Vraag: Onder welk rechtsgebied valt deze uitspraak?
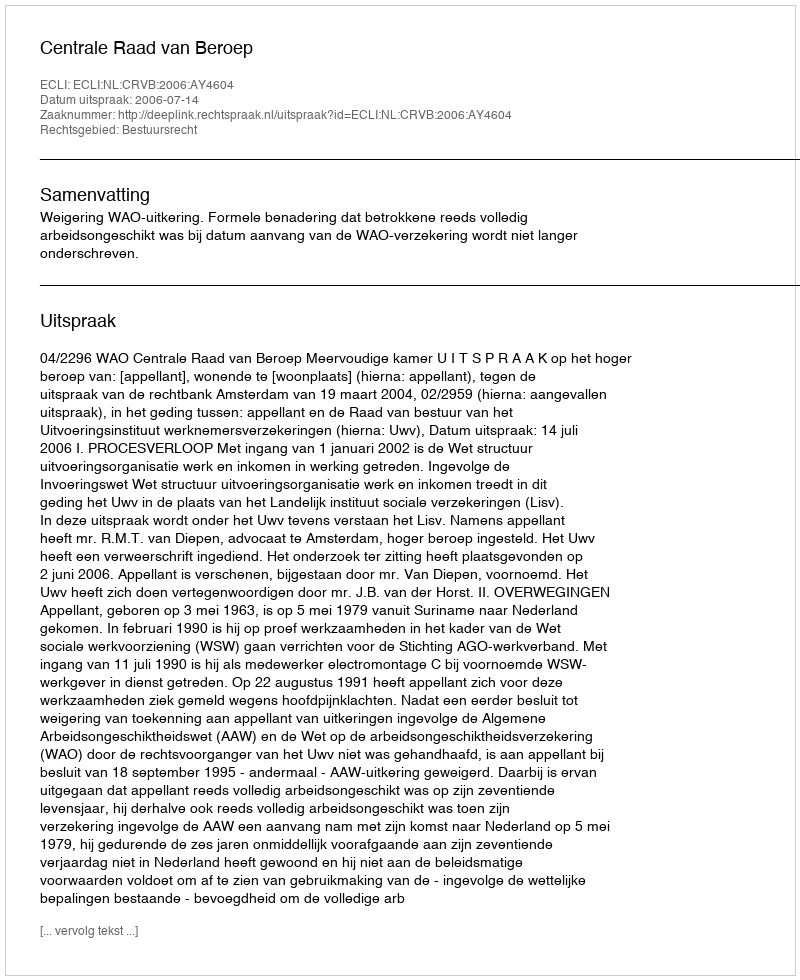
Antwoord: Bestuursrecht